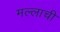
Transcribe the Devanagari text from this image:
मल्लाची